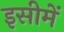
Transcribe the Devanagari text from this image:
इसीमें